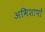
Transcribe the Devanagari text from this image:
अभिशापों